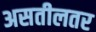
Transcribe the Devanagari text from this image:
असतीलतर